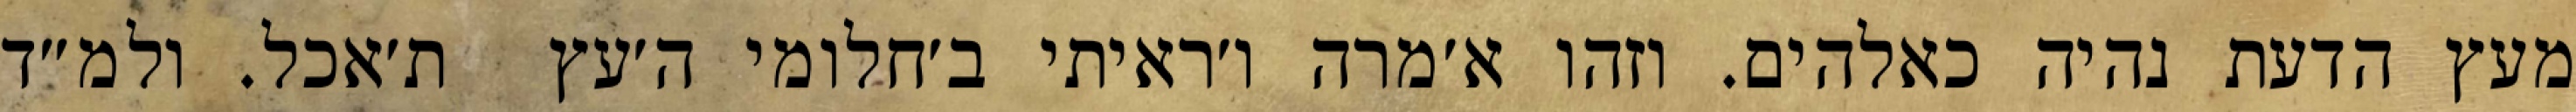
מעץ הדעת נהיה כאלהים. וזהו א׳מרה ו׳ראיתי ב׳חלומי ה׳עץ  ת׳אכל. ולמ״ד